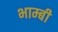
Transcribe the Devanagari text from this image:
भाम्बी